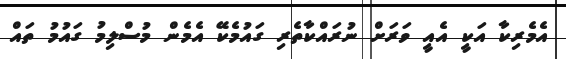
އެމެރިކާ އަކީ އެއީ ވަރަށް ނުރައްކާތެރި ގައުމެކޭ އެމެން މުސްލިމު ގައުމު ތައް